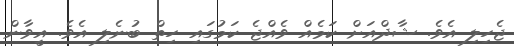
ޖެހިލި އެވެ. ޝާދްއަށް ކަމެއް ވެއްޖެ ކަމުގައި ހިތް ބުނެލި އެވެ. އީވާން